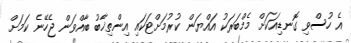
އެ ހުސްވި ގޮނޑިއަކަށް މެމްބަރަކު އައްޔަން ކުރުމަށްޓަކައި އިންތިޚާބު ބާއްވަން ޖެހޭނެ ކަމަށް